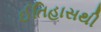
ઈતિહાસથી